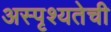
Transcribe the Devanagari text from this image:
अस्पृश्‍यतेची